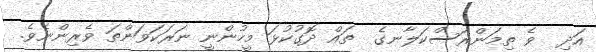
އަދި  ވެ ތިމަންރަސްކަލާނގެ  ތައް ދޮގުކުޅަ މީހުންނީ ނަރަކަވަންތަ ވެރިންނެވެ.